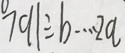
7 9 1 \div b \cdots 2 a